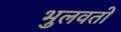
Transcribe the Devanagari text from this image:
भुलवतो